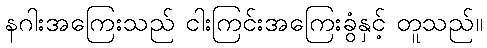
နဂါးအကြေးသည် ငါးကြင်းအကြေးခွံနှင့် တူသည်။